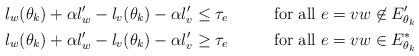
LaTeX: \begin{align*} \l_w(\theta_k)+\alpha \l'_w-\l_v(\theta_k)-\alpha \l'_v & \leq \tau_e & & \mbox{ for all } e=vw \not\in E'_{\theta_k} \quad\quad\quad \\\l_w(\theta_k)+\alpha \l'_w-\l_v(\theta_k)-\alpha \l'_v & \geq \tau_e & & \mbox{ for all } e=vw \in E^*_{\theta_k}\end{align*}